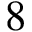
8